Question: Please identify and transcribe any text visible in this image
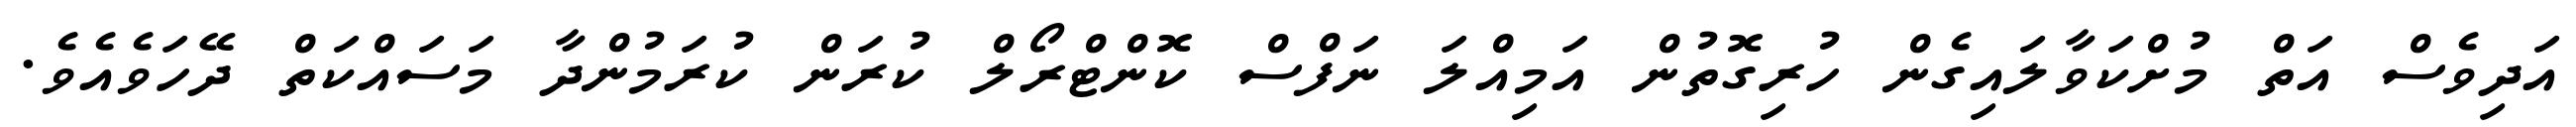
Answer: އަދިވެސް އަތް މުށްކަވާލައިގެން ހުރިގޮތުން އަމިއްލަ ނަފްސް ކޮންޓްރޯލް ކުރަން ކުރަމުންދާ މަސައްކަތް ދޭހަވެއެވެ.